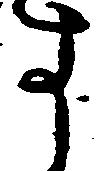
す